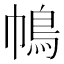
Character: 𢄦